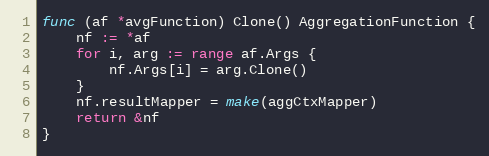
Language: Go
func (af *avgFunction) Clone() AggregationFunction {
	nf := *af
	for i, arg := range af.Args {
		nf.Args[i] = arg.Clone()
	}
	nf.resultMapper = make(aggCtxMapper)
	return &nf
}